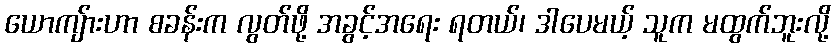
ယောကျ်ားဟာ စခန်းက လွတ်ဖို့ အခွင့်အရေး ရတယ်၊ ဒါပေမယ့် သူက မထွက်ဘူးလို့